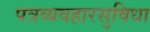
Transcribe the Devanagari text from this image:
पत्रव्यवहारसुविधा